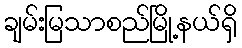
ချမ်းမြသာစည်မြို့နယ်ရှိ